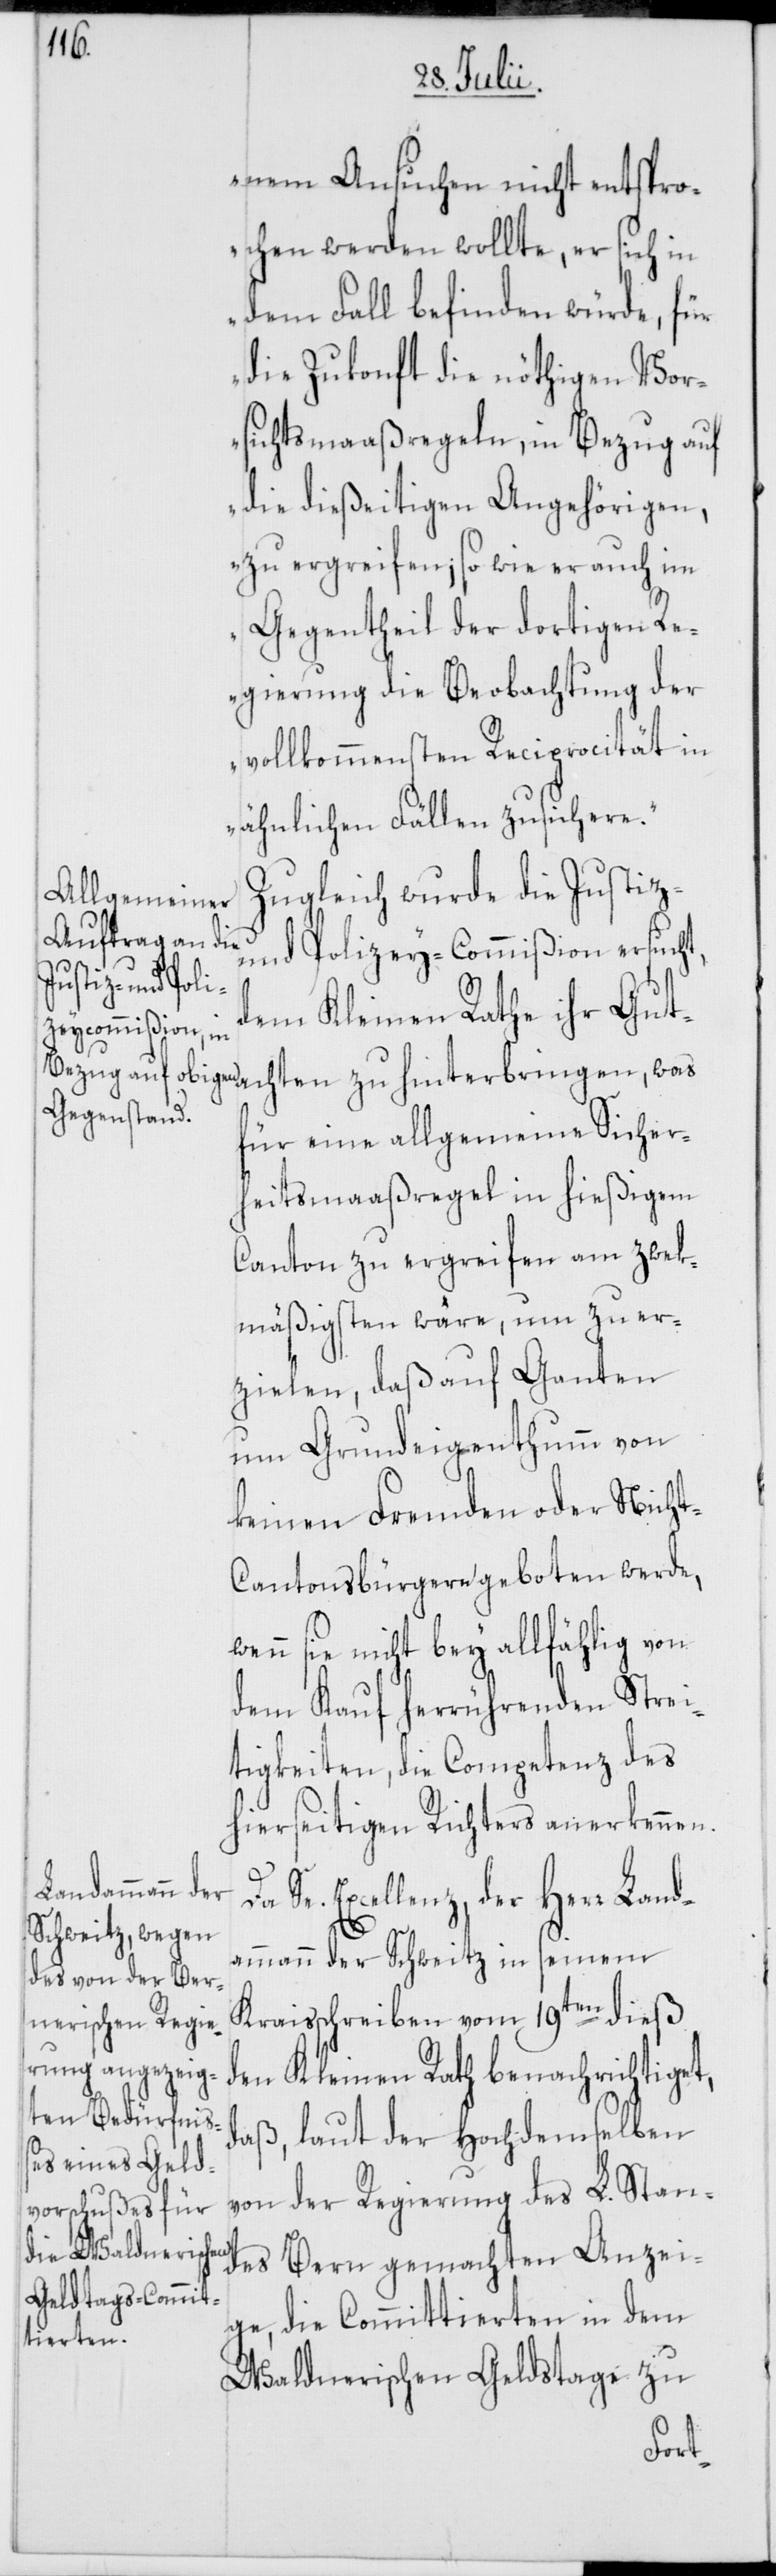
nem Ansuchen nicht entspro¬
chen werden wollte, er sich in
dem Fall befinden würde, für
die Zukonft die nöthigen Vor¬
sichtsmaaßregeln, in Bezug auf
die dießeitigen Angehörigen,
zu ergreifen; so wie er auch im
Gegentheil der dortigen Re¬
gierung die Beobachtung der
vollkommensten Reciprocität in
ähnlichen Fällen zusichere.“
Zugleich wurde die Justiz-
und Polizey-Commißion ersucht,
dem Kleinen Rathe ihr Gut¬
für eine allgemeine Sicher¬
heitsmaaßregel in hießigem
Canton zu ergreifen am zweck¬
mäßigsten wäre, um zu er¬
zielen, daß auf Ganten
um Gundeigenthumm von
keinen Fremden oder Nich¬
t-Cantonsbürgeren geboten werde,
wenn sie nicht bey allfählig von
dem Kauf herrührenden Strei¬
tigkeiten, die Competenz des
hierseitigen Richters anerkennen.
Se. Excellenz, der Herr Land¬
ammann der Schweitz in seinem
Kraisschreiben vom 19ten dieß
den Kleinen Rath benachrichtiget,
daß, laut der Hochdemselben
von der Regierung des L. Stan¬
des Bern gemachten Anzei¬
ge, die Committierten in dem
achten
Waldnerischen-Geldstage zu
Da